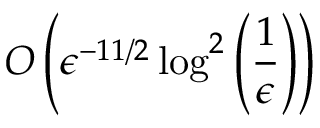
O \left( \epsilon ^ { - 1 1 / 2 } \log ^ { 2 } \left( \frac { 1 } { \epsilon } \right) \right)